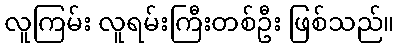
လူကြမ်း လူရမ်းကြီးတစ်ဦး ဖြစ်သည်။